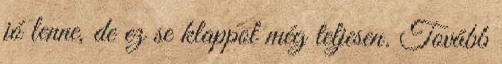
jó lenne, de ez se klappol még teljesen. Tovább